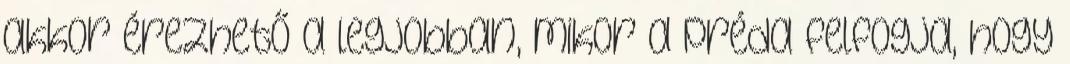
akkor érezhető a legjobban, mikor a préda felfogja, hogy